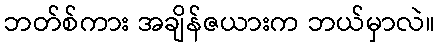
ဘတ်စ်ကား အချိန်ဇယားက ဘယ်မှာလဲ။